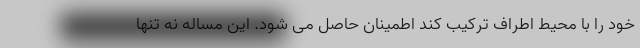
خود را با محیط اطراف ترکیب کند اطمینان حاصل می شود. این مساله نه تنها